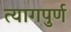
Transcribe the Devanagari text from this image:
त्यागपुर्ण